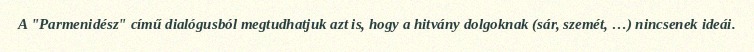
A "Parmenidész" című dialógusból megtudhatjuk azt is, hogy a hitvány dolgoknak (sár, szemét, …) nincsenek ideái.